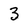
Character: 3